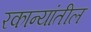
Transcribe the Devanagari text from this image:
रकान्यांतील